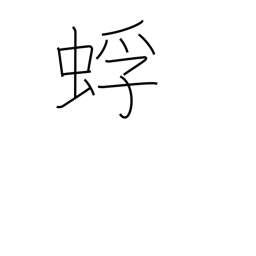
Meaning: kind of ant